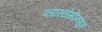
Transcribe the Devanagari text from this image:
प्लास्टोसीनयुग